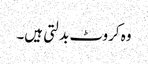
وہ کروٹ بدلتی ہیں۔